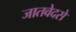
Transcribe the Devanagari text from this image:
जातवेदसे